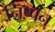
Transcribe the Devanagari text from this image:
निष्पन्